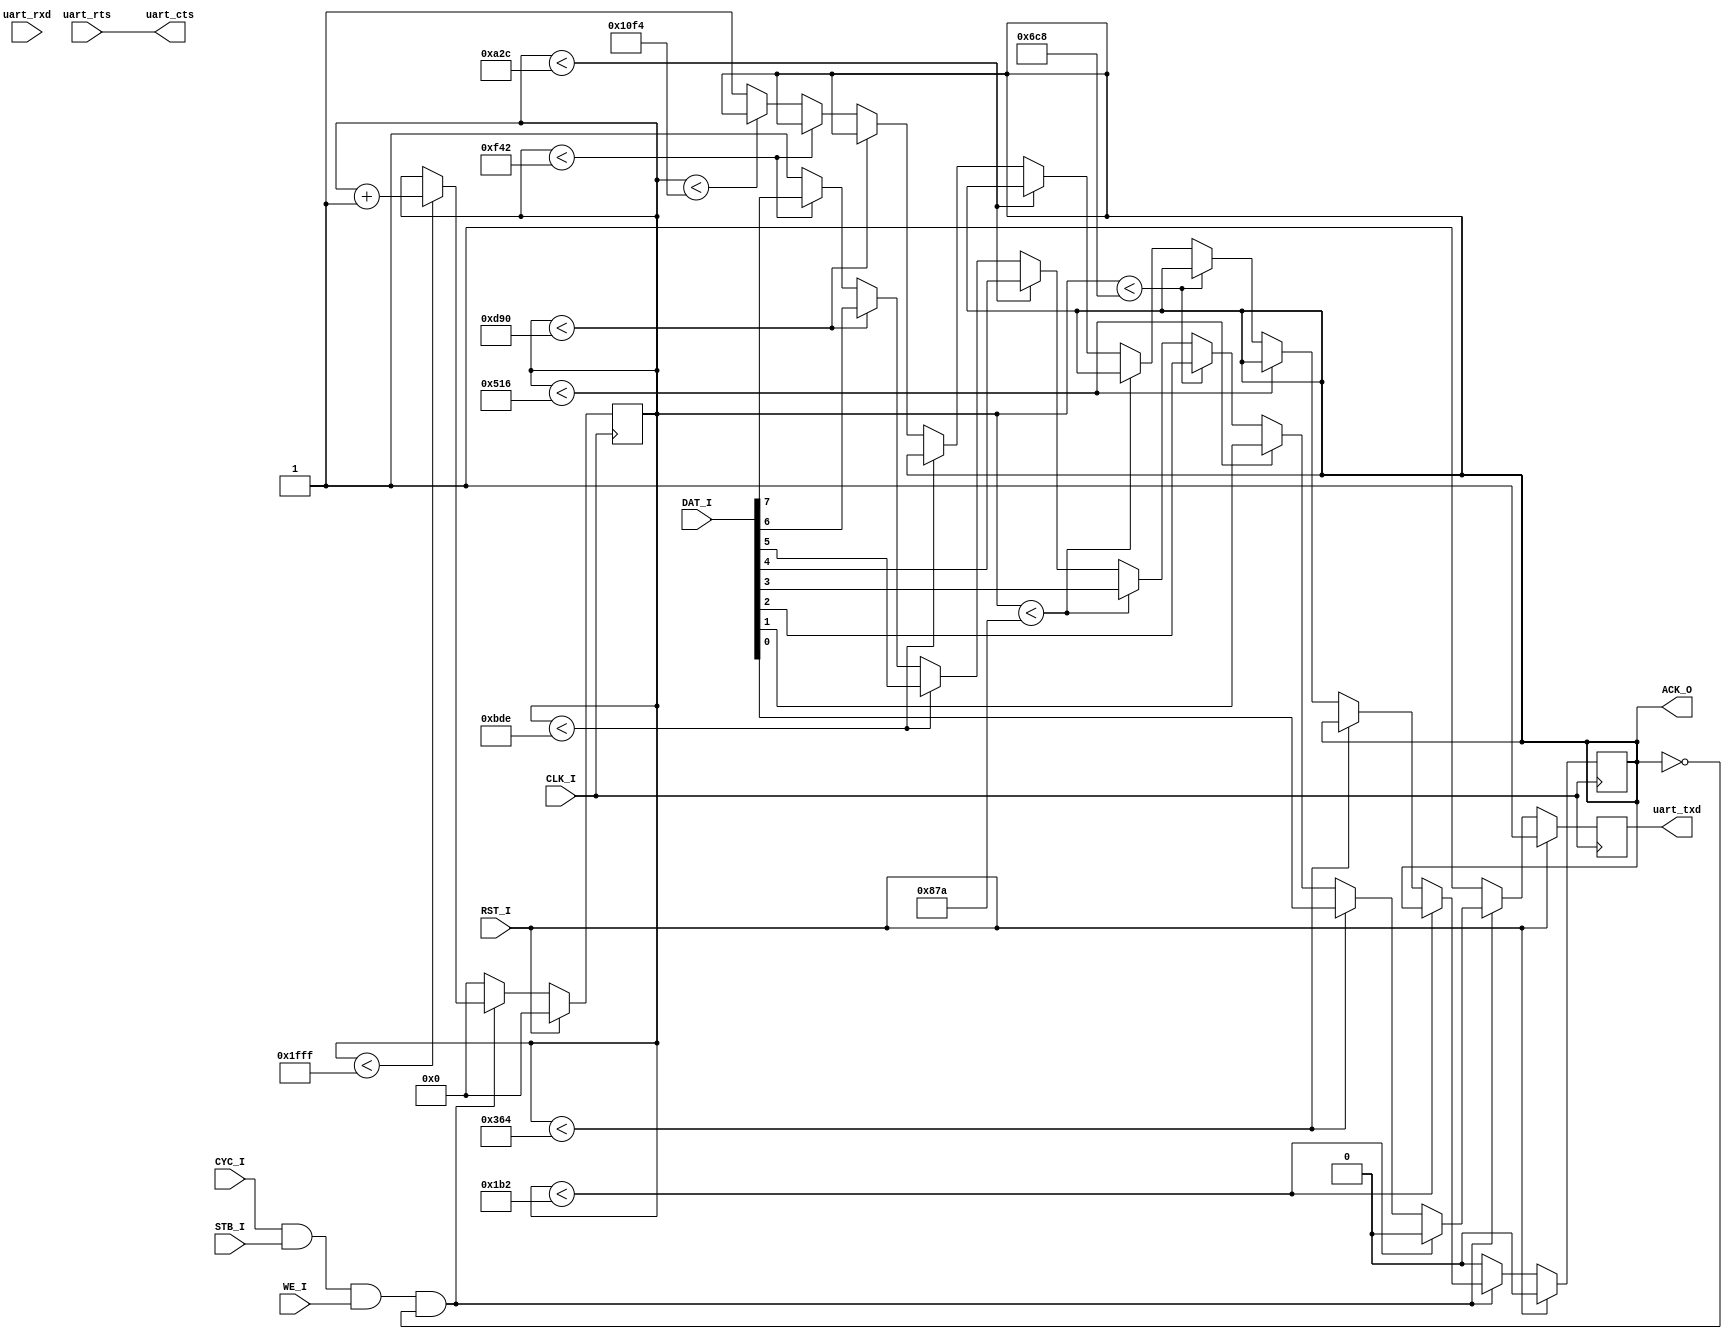
module serial_txd(
	input CLK_I,
	input RST_I,
	
	//slave
	input [7:0] DAT_I,
	output reg ACK_O,
	
	input CYC_I,
	input STB_I,
	input WE_I,
	
	//serial output
	input uart_rxd,
	input uart_rts,
	output reg uart_txd,
	output uart_cts
);

assign uart_cts = uart_rts;

reg [12:0] counter;

always @(posedge CLK_I) begin
	if(RST_I == 1'b1) begin
		ACK_O <= 1'b0;
		uart_txd <= 1'b1;
		counter <= 13'd0;
	end
	
	else if(CYC_I == 1'b1 && STB_I == 1'b1 && WE_I == 1'b1 && ACK_O == 1'b0) begin
		if(counter < 13'd8191) counter <= counter + 13'd1;
		
		if(counter < 434*1) 		uart_txd <= 1'b0;
		else if(counter < 434*2) 	uart_txd <= DAT_I[0];
		else if(counter < 434*3) 	uart_txd <= DAT_I[1];
		else if(counter < 434*4) 	uart_txd <= DAT_I[2];
		else if(counter < 434*5) 	uart_txd <= DAT_I[3];
		else if(counter < 434*6) 	uart_txd <= DAT_I[4];
		else if(counter < 434*7) 	uart_txd <= DAT_I[5];
		else if(counter < 434*8) 	uart_txd <= DAT_I[6];
		else if(counter < 434*9) 	uart_txd <= DAT_I[7];
		else if(counter < 434*10) 	uart_txd <= 1'b1;
		else begin
			uart_txd <= 1'b1;
			ACK_O <= 1'b1;
		end
	end
	else begin
		ACK_O <= 1'b0;
		uart_txd <= 1'b1;
		counter <= 13'd0;
	end
end

endmodule